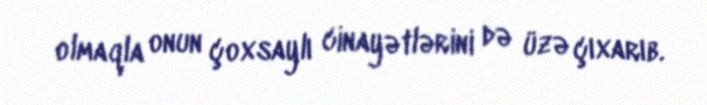
olmaqla onun çoxsaylı cinayətlərini də üzə çıxarıb.